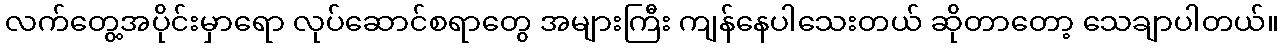
လက်တွေ့အပိုင်းမှာရော လုပ်ဆောင်စရာတွေ အများကြီး ကျန်နေပါသေးတယ် ဆိုတာတော့ သေချာပါတယ်။